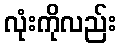
လုံးကိုလည်း